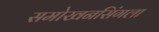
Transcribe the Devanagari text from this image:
समोखनसिंगला